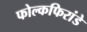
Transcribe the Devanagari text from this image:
फोल्कफिरांडे